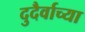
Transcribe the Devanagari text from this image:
दुदैर्वाच्या